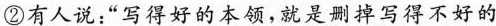
②有人说：“写得好的本领，就是掉写得不好的